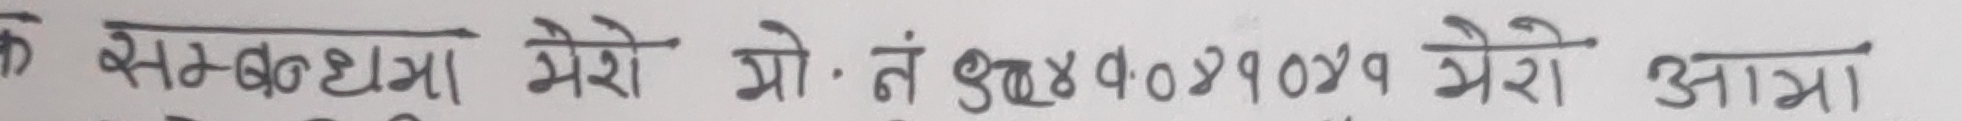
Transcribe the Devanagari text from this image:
के सम्बन्धमा मेरो प्रो. नं. ८६५०४१७२१ मेरो आत्मा